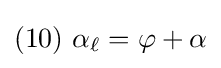
(10)\ \alpha _{\ell }=\varphi +\alpha